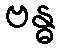
ဗန္ဓ